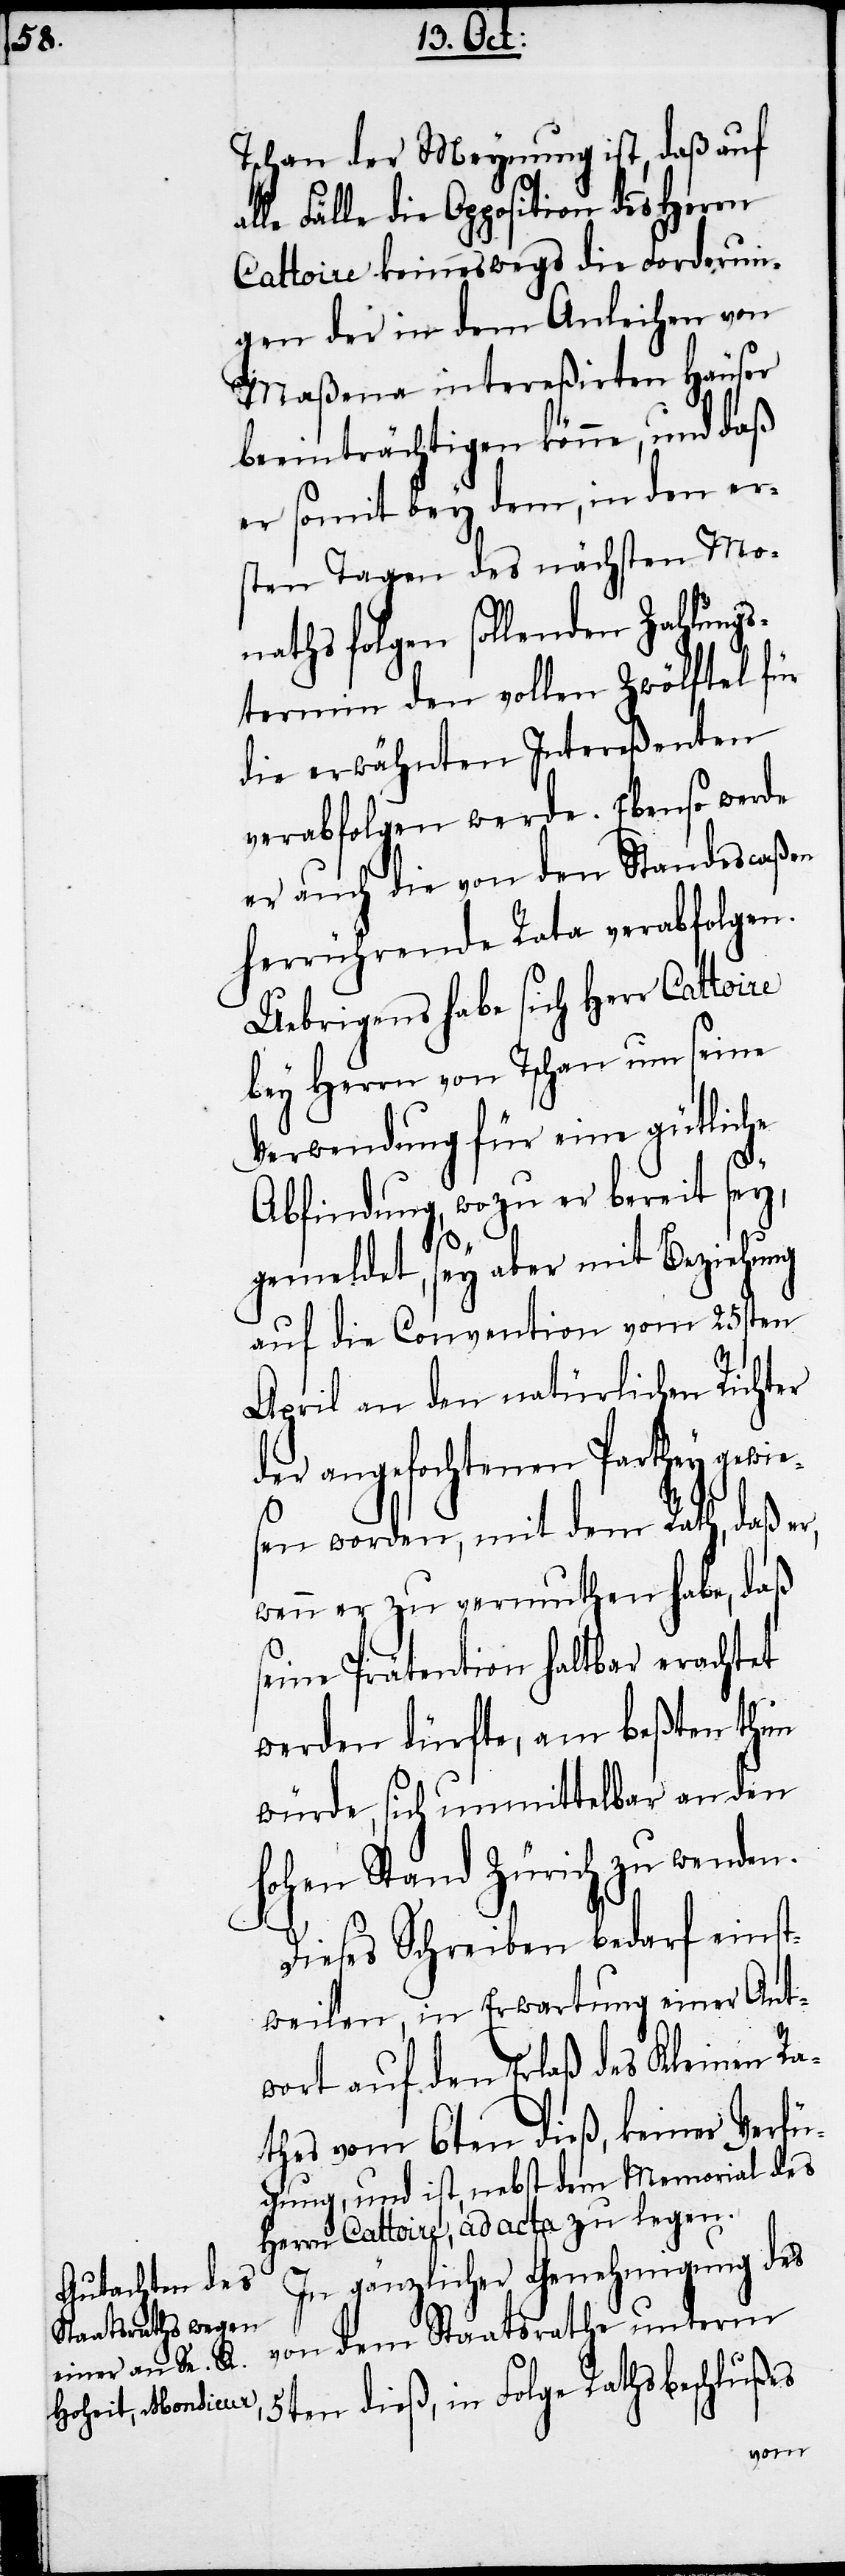
Tschan der Meynung ist, daß auf
le Fälle die Apposition des Herrn
Cattoire keineswegs die Forderun¬
gen der in dem Anleihen von
Maßena intereßirten Häuser
beeinträchtigen könne, und daß
er somit bey dem, in den er¬
sten Tagen des nächsten Mo¬
naths folgen sollenden Zahlungs¬
termin den vollen Zwölftel für
die erwähnten Intereßenten
verabfolgen werde. Ebenso werde
er auch die von den Standescaßen
herrührende Rata verabfolgen.
Uebrigens habe sich Herr Cattoire
bey Herrn von Tschan um seine
Verwendung für eine gütliche
Abfindung, wozu er bereit sey,
s¬
gemeldet, sey aber mit Beziehung
auf die Convention vom 25sten
April an den natürlichen Richter
der angefochtenen Parthey gewie¬
sen worden, mit dem Rath, daß er,
wenn er zu vermuthen habe, daß
eine Prätention haltbar erachtet
werden dürfte, am beßten thun
würde, sich unmittelbar an den
hohen Stand Zürich zu wenden.
Dieses Schreiben bedarf einst¬
weilen, in Erwartung einer Ant¬
wort auf den Erlaß des Kleinen Ra¬
thes vom 6ten dieß, keiner Verfü¬
gung, und ist, nebst dem Memorial des
Herrn Cattoire, ad acta zu legen.
In gänzlicher Genehmigung des
von dem Staatsrathe unterm
5ten dieß, in Folge Rathsbeschlußes